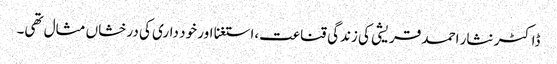
ڈاکٹر نثار احمد قریشی کی زندگی قناعت،استغنا اور خود داری کی درخشاں مثال تھی۔